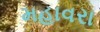
મહાવરા